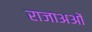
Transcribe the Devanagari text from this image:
राजाअओं